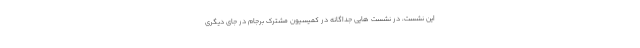
این نشست، در نشست هایی جداگانه در کمیسیون مشترک برجام در جای دیگری